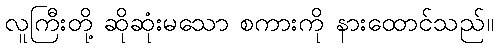
လူကြီးတို့ ဆိုဆုံးမသော စကားကို နားထောင်သည်။